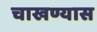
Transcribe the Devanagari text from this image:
चाखण्यास